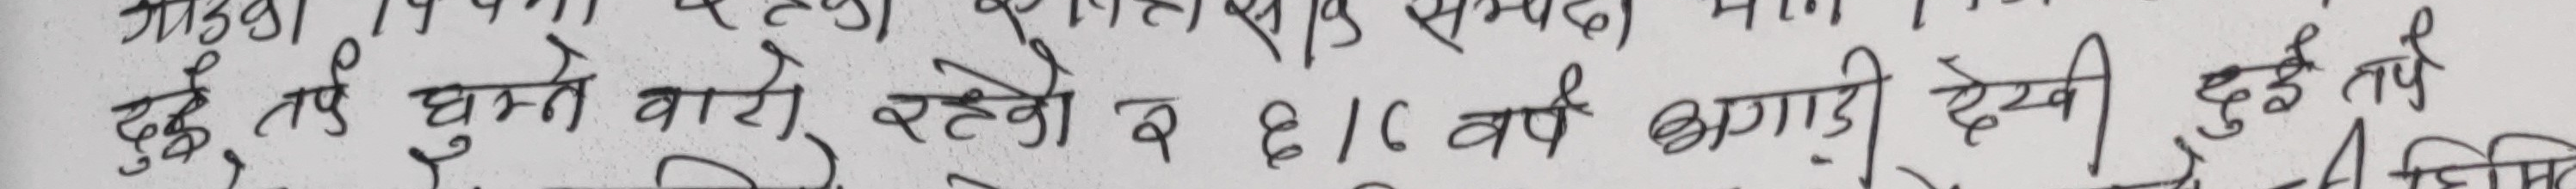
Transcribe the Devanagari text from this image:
दुई तर्फ धुम्ने वारे रहेको र ६।१६ वर्ष अगाडी देखी दुई तर्फ